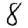
Digit: 8